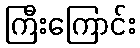
ကြီးကြောင်း